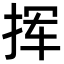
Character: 挥